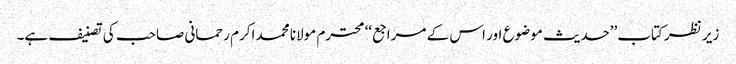
زیر نظر کتاب’’حدیث موضوع اور اس کے مراجع‘‘ محترم مولانا محمد اکرم رحمانی صاحب کی تصنیف ہے۔